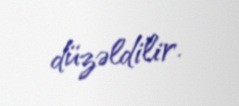
düzəldilir.